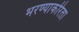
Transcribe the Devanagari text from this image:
भरण्याकरिता